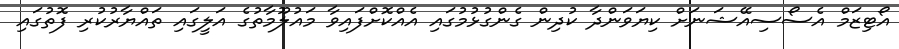
އޯޓިޒަމް އެސޯސިއޭޝަނަށް ކިޔަވަންދާ ކުދިން ގެންގުޅުމުގައި އެއްކޮށްފައިވާ މައުލޫމާތުގެ އަލީގައި ތައްޔާރުކުރި ފޮތުގައި